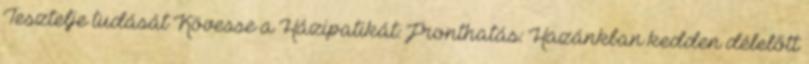
Tesztelje tudását Kövesse a Házipatikát: Fronthatás: Hazánkban kedden délelőtt